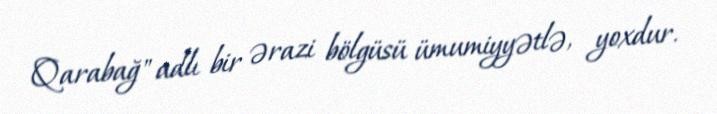
Qarabağ" adlı bir ərazi bölgüsü ümumiyyətlə, yoxdur.